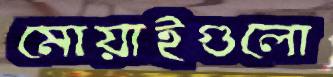
মোয়াইগুলো